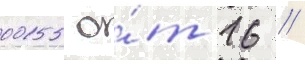
0015 о́т 16 //